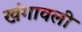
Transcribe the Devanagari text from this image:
खंगावली